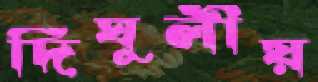
দিঘুলীয়